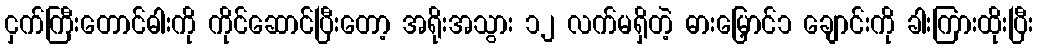
ငှက်ကြီးတောင်ဓါးကို ကိုင်ဆောင်ပြီးတော့ အရိုးအသွား ၁၂ လက်မရှိတဲ့ ဓားမြှောင်၁ ချောင်းကို ခါးကြားထိုးပြီး